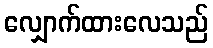
လျှောက်ထားလေသည်